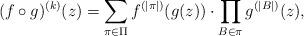
\begin{align*} (f\circ g)^{(k)}(z)=\sum_{\pi\in\Pi} f^{(\left|\pi\right|)}(g(z))\cdot\prod_{B\in\pi}g^{(\left|B\right|)}(z),\end{align*}